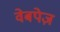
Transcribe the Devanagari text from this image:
वेबपेज़